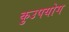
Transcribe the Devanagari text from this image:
कुउपयोग